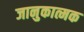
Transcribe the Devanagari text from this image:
जानुकात्मक